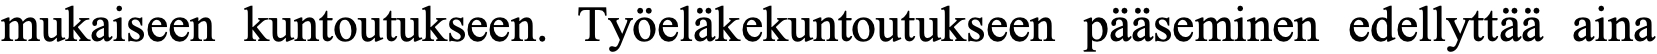
mukaiseen kuntoutukseen. Työeläkekuntoutukseen pääseminen edellyttää aina